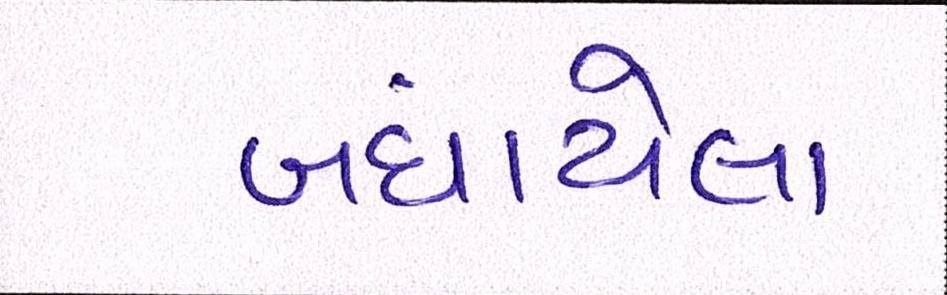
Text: બંધાયેલા